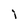
Character: l